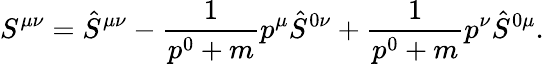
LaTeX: S^{\mu\nu}=\hat{S}^{\mu\nu}-\frac{1}{p^{0}+m}p^{\mu}\hat{S}^{0\nu}+\frac{1}{p^{0}+m}p^{\nu}\hat{S}^{0\mu}.